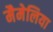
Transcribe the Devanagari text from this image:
मैमेलिया